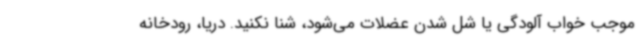
موجب خواب آلودگی یا شل شدن عضلات می‌شود، شنا نکنید. دریا، رودخانه